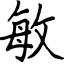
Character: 敏